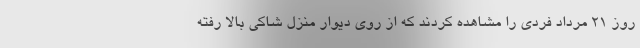
روز 21 مرداد فردی را مشاهده کردند که از روی دیوار منزل شاکی بالا رفته